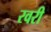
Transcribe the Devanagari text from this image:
रवरी